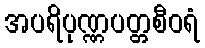
အပရိပုဏ္ဏပတ္တစီဝရံ